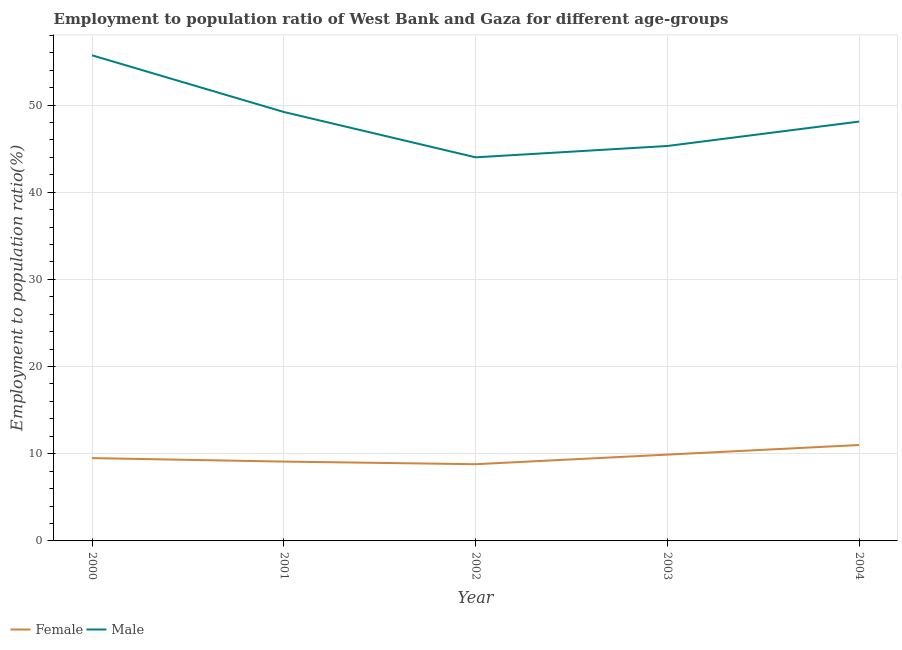
| Year | Female | Male |
 | --- | --- | --- |
 | 2000 | 9.5 | 55.7 |
 | 2001 | 9.1 | 49.2 |
 | 2002 | 8.8 | 44 |
 | 2003 | 9.9 | 45.3 |
 | 2004 | 11 | 48.1 |